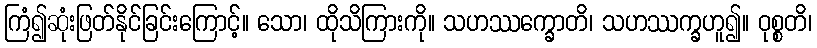
ကြံ၍ဆုံးဖြတ်နိုင်ခြင်းကြောင့်။ သော၊ ထိုသိကြားကို။ သဟဿက္ခောတိ၊ သဟဿက္ခဟူ၍။ ဝုစ္စတိ၊